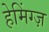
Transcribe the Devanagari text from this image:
हेमिंग्ज़